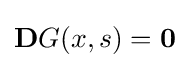
\mathbf {D} G(x,s)=\mathbf {0}